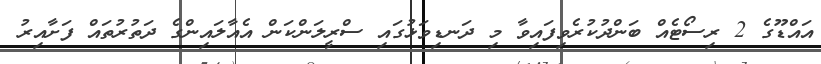
އައްޑޫގެ 2 ރިސޯޓެއް ބަންދުކުރެވިފައިވާ މި ދަނޑިވަޅުގައި ސްރީލަންކަން އެއާލައިންގެ ދަތުރުތައް ފަށާއިރު